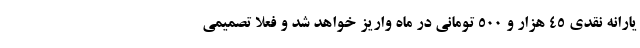
یارانه نقدی ٤٥ هزار و ٥٠٠ تومانی در ماه واریز خواهد شد و فعلا تصمیمی